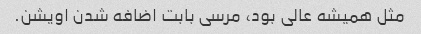
مثل همیشه عالی بود، مرسی بابت اضافه شدن اویشن.